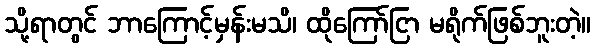
သို့ရာတွင် ဘာကြောင့်မှန်းမသိ၊ ထိုကြော်ငြာ မရိုက်ဖြစ်ဘူးတဲ့။